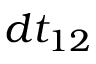
d t _ { 1 2 }